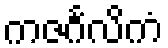
ကဇင်္ဂလိကံ